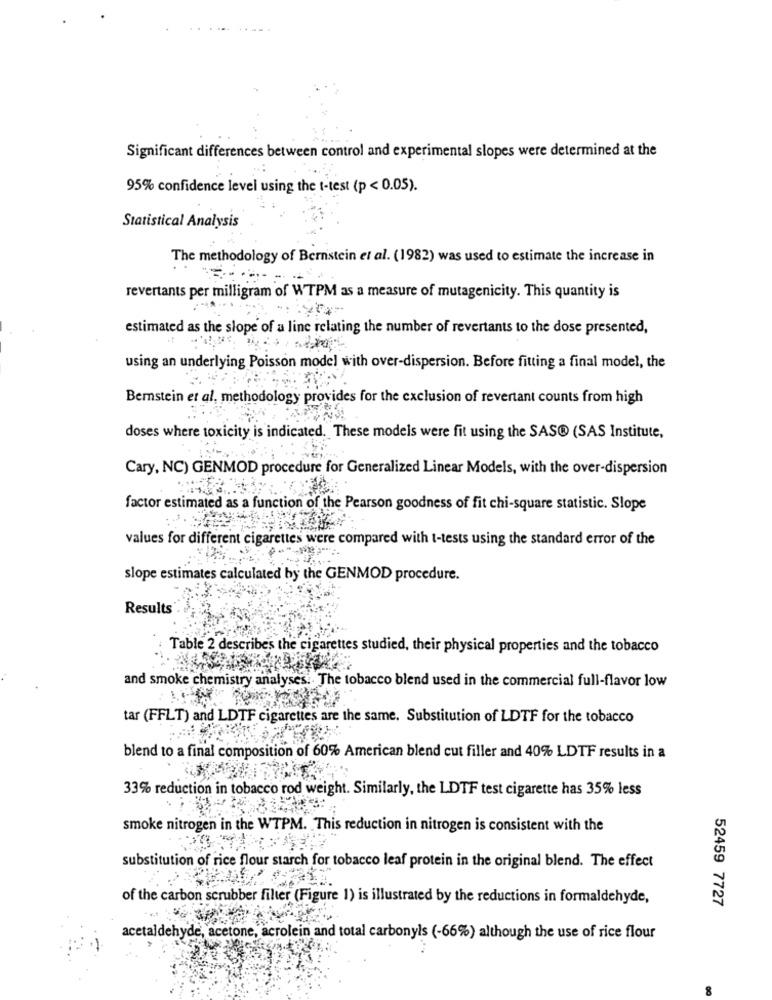
Significant differences between control and experimental slopes were determined at the
95% confidence level using the t-test (p < 0.05).
Statistical Analysis
The methodology of Bernstein et al. (1982) was used to estimate the increase in
revertants per milligram of WTPM as a measure of mutagenicity. This quantity is
estimated as the slope of a line relating the number of revertants to the dose presented,
using an underlying Poisson model with over-dispersion. Before fitting a final model, the
Bemstein et al, methodology provides for the exclusion of revertant counts from high
doses where toxicity is indicated. These models were fit using the SAS® (SAS Institute,
Cary, NC) GENMOD procedure for Generalized Linear Models, with the over-dispersion
factor estimated as a function of the Pearson goodness of fit chi-square statistic. Slope
values for different cigarettes were compared with t-tests using the standard error of the
slope estimates calculated by the GENMOD procedure.
Results'.
Table 2 describes the cigarettes studied, their physical properties and the tobacco
and smoke chemistry analyses. The tobacco blend used in the commercial full-flavor low
tar (FFLT) and LDTF cigarettes are the same. Substitution of LDTF for the tobacco
blend to a final composition of 60% American blend cut filler and 40% LDTF results in a
33% reduction in tobacco rod weight. Similarly, the LDTF test cigarette has 35% less
smoke nitrogen in the WTPM. This reduction in nitrogen is consistent with the
substitution of rice flour starch for tobacco leaf protein in the original blend. The effect
of the carbon scrubber filter (Figure 1) is illustrated by the reductions in formaldehyde,
52459 7727
acetaldehyde, acetone, acrolein and total carbonyls (-66%) although the use of rice flour
8